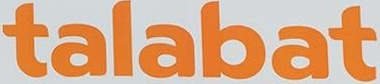
talabat